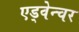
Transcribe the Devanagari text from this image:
एड्वेन्चर